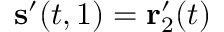
\mathbf { s } ^ { \prime } ( t , 1 ) = \mathbf { r } _ { 2 } ^ { \prime } ( t )